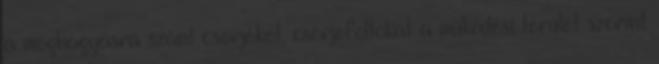
a meghagyásra szánt cserjéket, cserjefoltokat a működési terület szerint